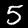
Digit: 5